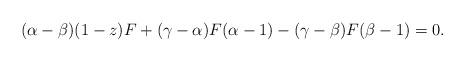
LaTeX: \begin{align*}(\alpha-\beta)(1-z)F+(\gamma-\alpha)F(\alpha-1)-(\gamma-\beta)F(\beta-1)=0.\end{align*}